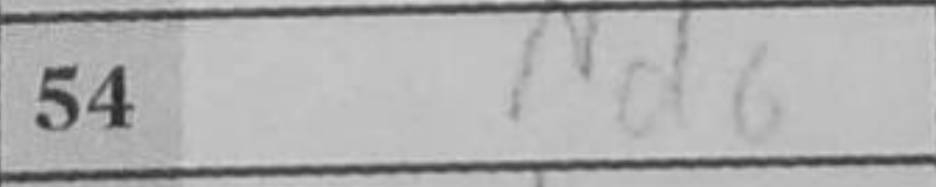
Transcription: Nd6